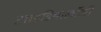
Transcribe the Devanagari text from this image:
आइडियोलॉजी